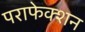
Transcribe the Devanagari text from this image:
पराफेक्शन